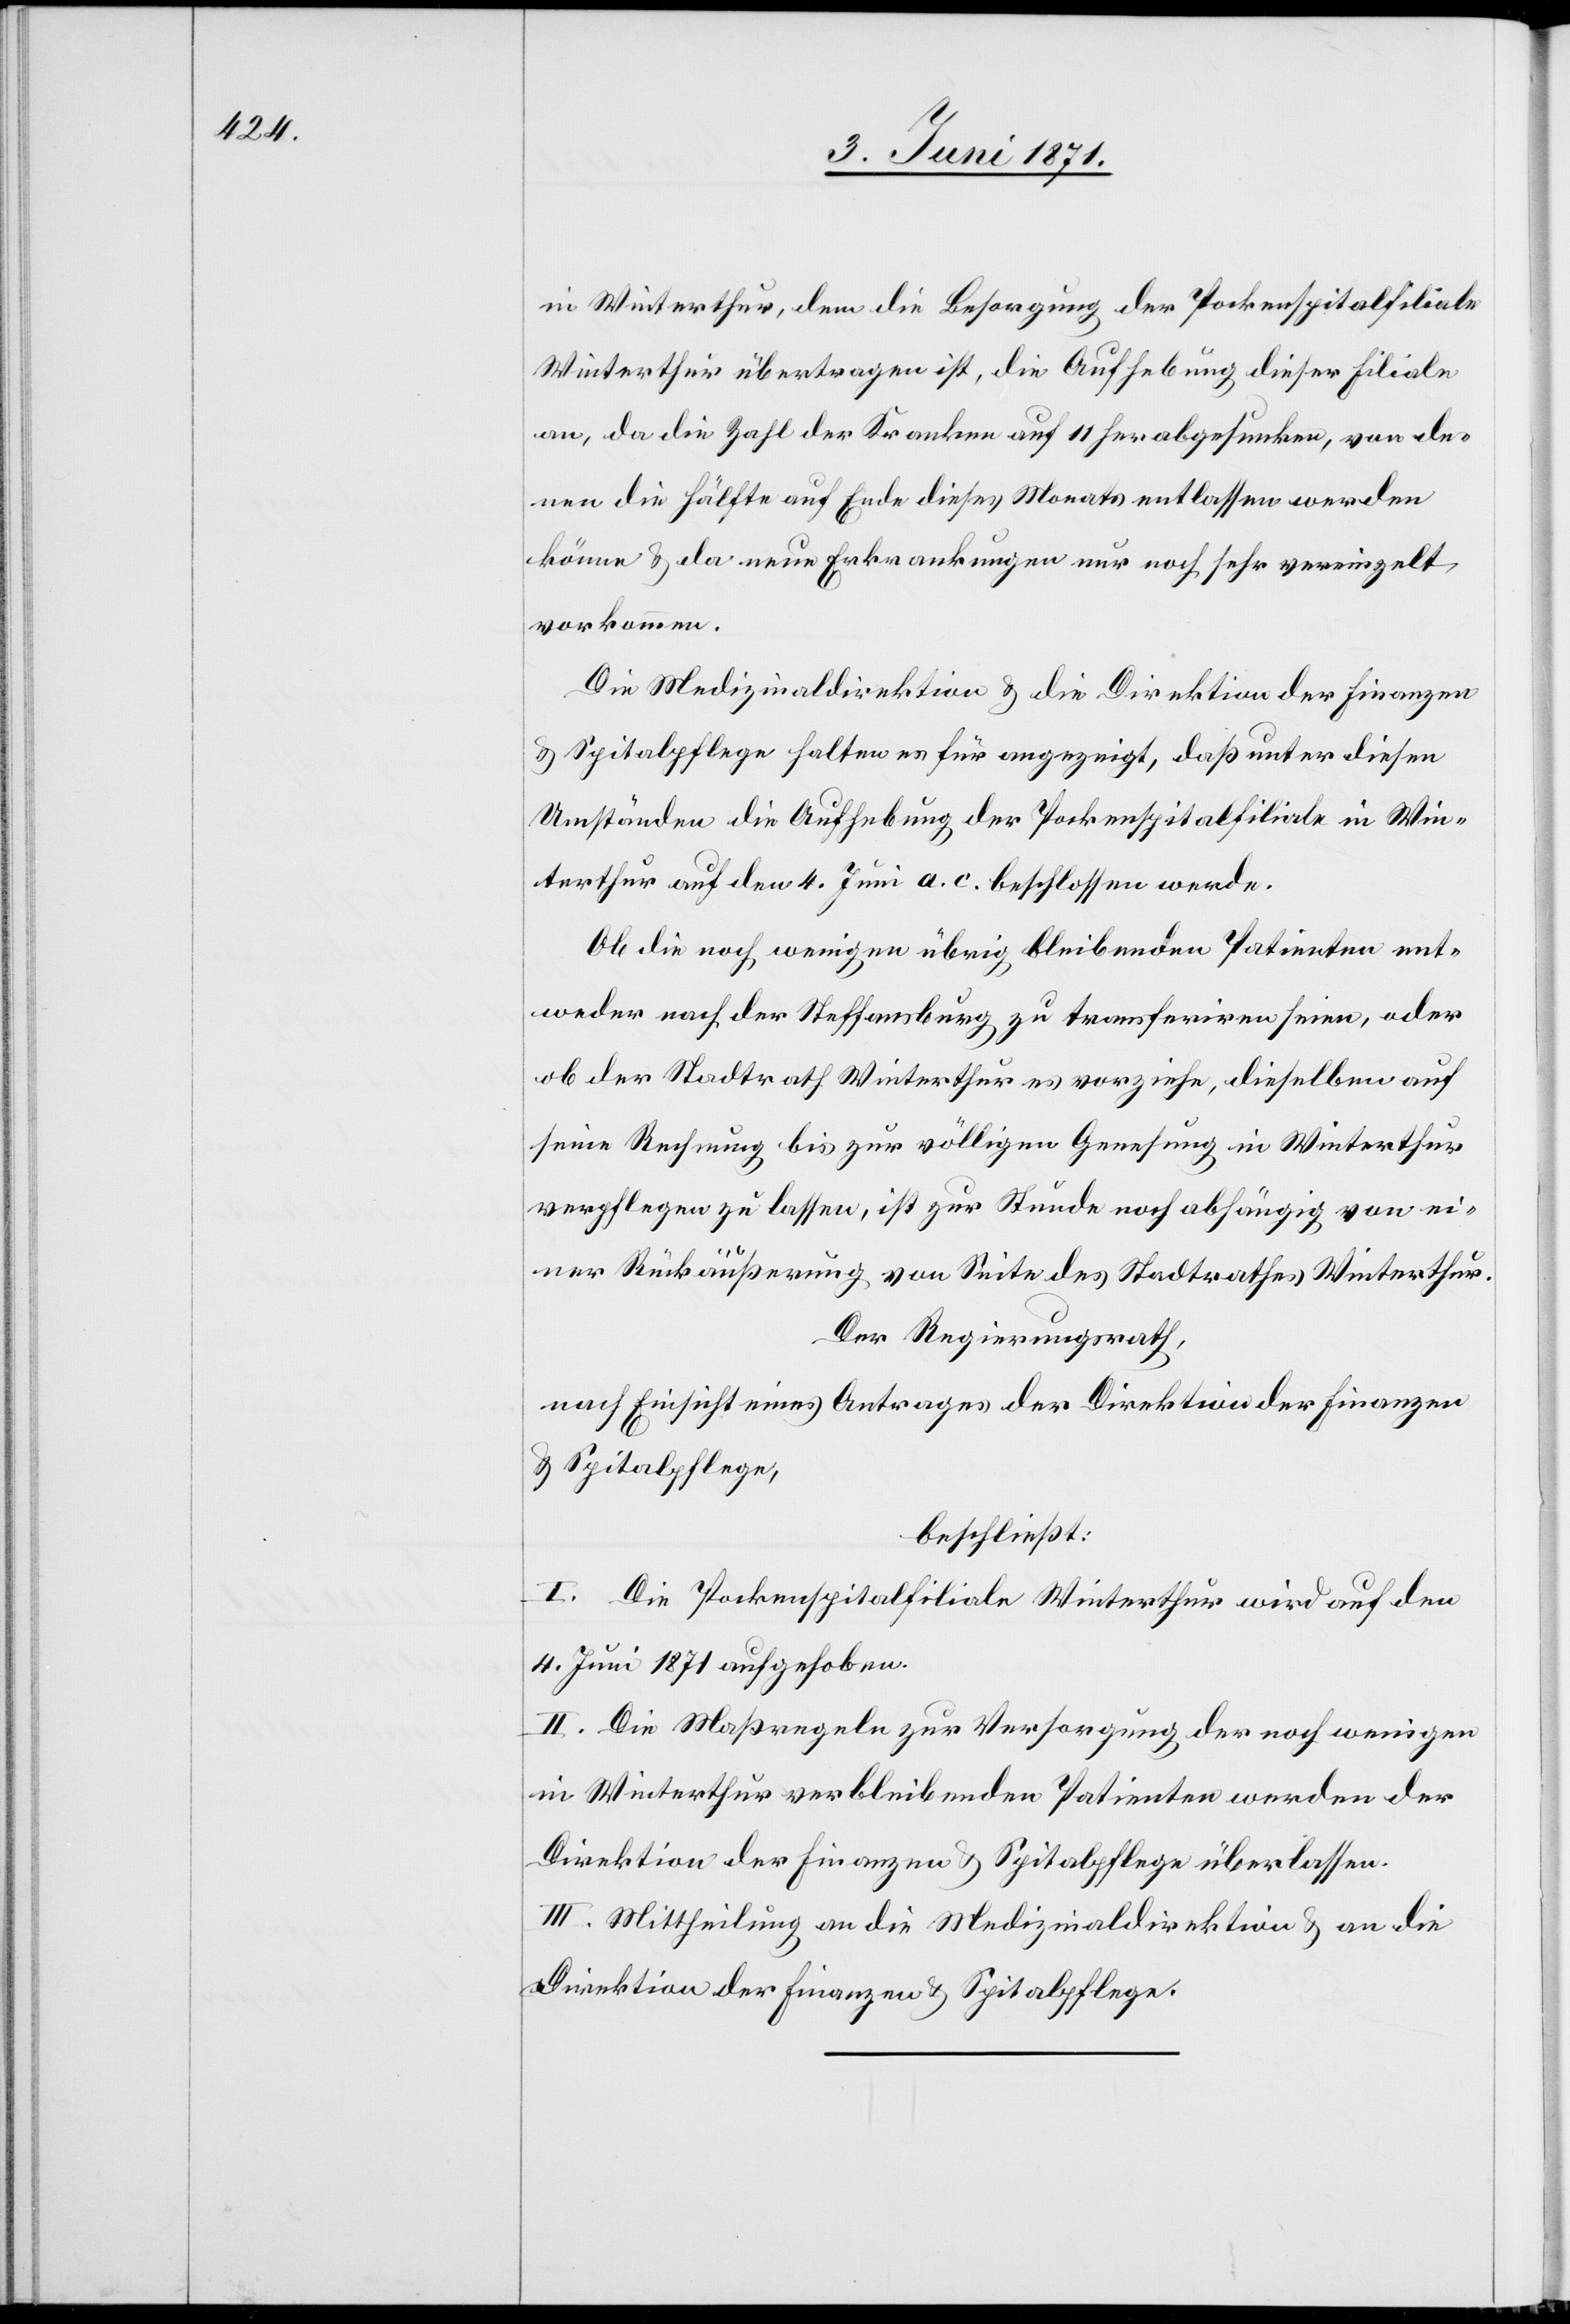
in Winterthur, dem die Besorgung der Pockenspitalfiliale
Winterthur übertragen ist, die Aufhebung dieser Filiale
an, da die Zahl der Kranken auf 11 herabgesunken, von de¬
nen die Hälfte auf Ende dieses Monats entlassen werden
könne u. da neue Erkrankungen nur noch sehr vereinzelt
vorkommen.
Die Medizinaldirektion u. die Direktion der Finanzen
u. Spitalpflege halten es für angezeigt, daß unter diesen
Umständen die Aufhebung der Pockenspitalfiliale in Win¬
terthur auf den 4. Juni a. c. beschlossen werde.
Ob die noch wenigen übrig bleibenden Patienten ent¬
weder nach der Steffansburg zu transferiren seien, oder
ob der Stadtrath Winterthur es vorziehe, dieselben auf
seine Rechnung bis zur völligen Genesung in Winterthur
verpflegen zu lassen, ist zur Stunde noch abhängig von ei¬
ner Rückäußerung von Seite des Stadtrathes Winterthur.
Der Regierungsrath,
nach Einsicht eines Antrages der Direktion der Finanzen
u. Spitalpflege,
beschließt:
I. Die Pockenspitalfiliale Winterthur wird auf den
4. Juni 1871 aufgehoben.
II. Die Maßregeln zur Versorgung der noch wenigen
in Winterthur verbleibenden Patienten werden der
Direktion der Finanzen u. Spitalpflege überlassen.
III. Mittheilung an die Medizinaldirektion u. an die
Direktion der Finanzen u. Spitalpflege.